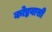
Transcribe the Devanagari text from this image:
कोष्ठवासी